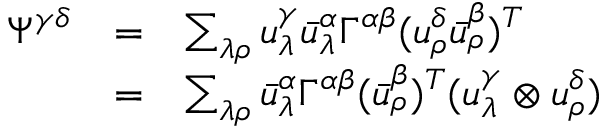
\begin{array} { l l l l } { { \Psi ^ { \gamma \delta } } } & { { = } } & { { \sum _ { \lambda \rho } u _ { \lambda } ^ { \gamma } { \bar { u } _ { \lambda } ^ { \alpha } } \Gamma ^ { \alpha \beta } ( u _ { \rho } ^ { \delta } { \bar { u } _ { \rho } ^ { \beta } } ) ^ { T } } } \\ { { } } & { { = } } & { { \sum _ { \lambda \rho } { \bar { u } _ { \lambda } ^ { \alpha } } \Gamma ^ { \alpha \beta } ( { \bar { u } _ { \rho } ^ { \beta } } ) ^ { T } ( u _ { \lambda } ^ { \gamma } \otimes u _ { \rho } ^ { \delta } ) } } \end{array}